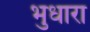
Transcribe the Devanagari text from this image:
भुधारा